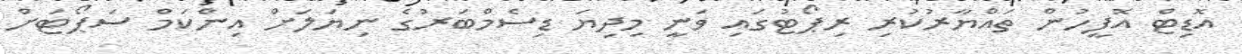
އޮޑިޓް އޮފީހުން ތައްޔާރުކުރި ރިޕޯޓުގައި ވަނީ މިދިޔަ ޑިސެމްބަރުގެ ނިޔަލަށް އިންކަމް ސަޕޯޓަށް